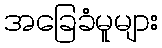
အခြေခံမူများ